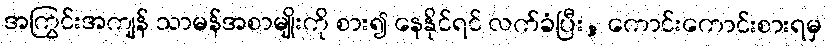
အကြွင်းအကျန် သာမန်အစာမျိုးကို စား၍ နေနိုင်ရင် လက်ခံပြီး, ကောင်းကောင်းစားရမှ